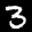
Label: 3